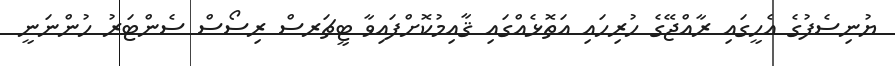
ޔުނިސެފުގެ އެހީގައި ރާއްޖޭގެ ހުރިހައި އަތޮޅެއްގައި ޤާއިމުކޮށްފައިވާ ޓީޗަރސް ރިސޯސް ސެންޓަރު ހުންނަނީ